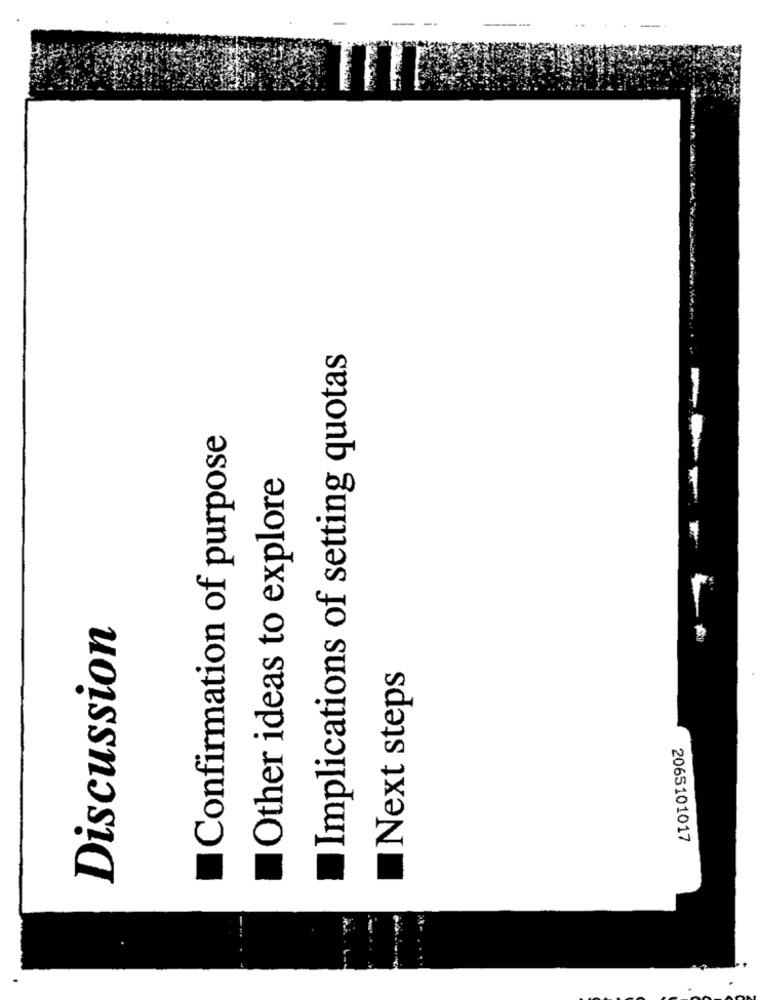
Implications of setting quotas
-----
Confirmation of purpose
Other ideas to explore
Discussion
Next steps
2065101017